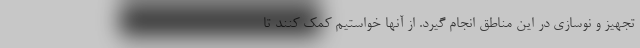
تجهیز و نوسازی در این مناطق انجام گیرد. از آنها خواستیم کمک کنند تا